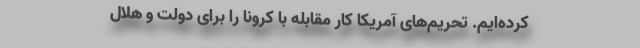
کرده‌ایم. تحریم‌های آمریکا کار مقابله با کرونا را برای دولت و هلال